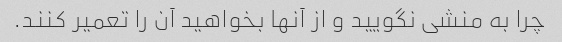
چرا به منشی نگویید و از آنها بخواهید آن را تعمیر کنند.